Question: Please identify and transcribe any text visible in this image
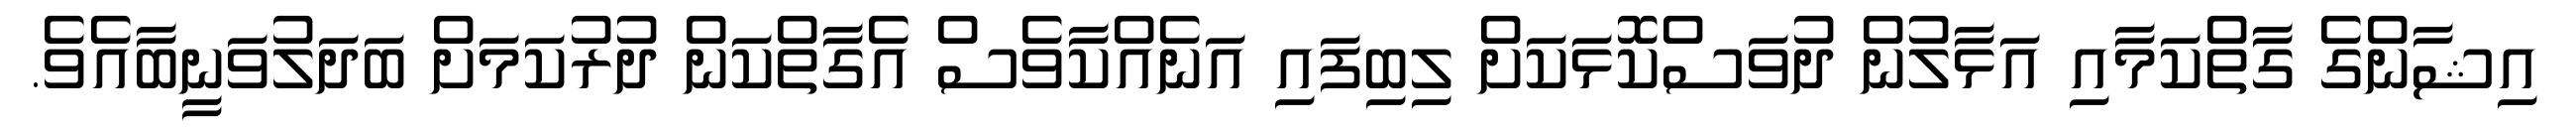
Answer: އިޝާންގެ ގާތްކަމާއި އަޅާލުން ދުވަސްކޮޅަކަށް ލިބިފައި އަނެއްކާވެސް އެގާތްކަން ދުރުކަމަށް ބަދަލުވަނީބާއެވެ.